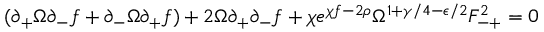
( \partial _ { + } \Omega \partial _ { - } f + \partial _ { - } \Omega \partial _ { + } f ) + 2 \Omega \partial _ { + } \partial _ { - } f + \chi e ^ { \chi f - 2 \rho } \Omega ^ { 1 + \gamma / 4 - \epsilon / 2 } F _ { - + } ^ { 2 } = 0